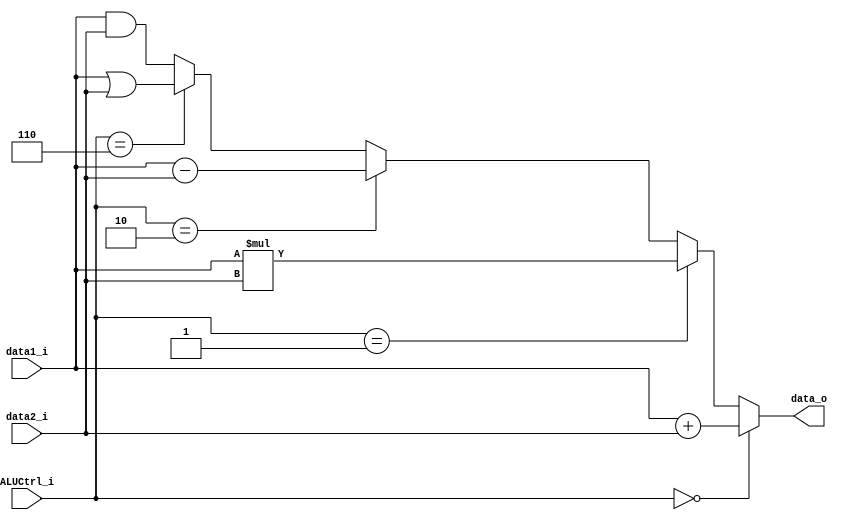
module ALU
(
	data1_i,
	data2_i,
	ALUCtrl_i,
	data_o,
);

input [31:0] data1_i;
input [31:0] data2_i;
input [2:0] ALUCtrl_i;
output [31:0] data_o;
assign data_o = (ALUCtrl_i == 0) ? data1_i + data2_i :
				(ALUCtrl_i == 1) ? data1_i * data2_i :
				(ALUCtrl_i == 2) ? data1_i - data2_i :
				(ALUCtrl_i == 6) ? data1_i | data2_i : data1_i & data2_i;

endmodule